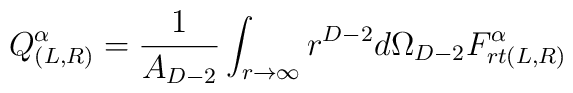
Q_{(L,R)}^{\alpha} = \frac{1}{A_{D-2}} \int_{r\to\infty}r^{D-2}d\Omega_{D-2} F_{rt(L,R)}^{\alpha}